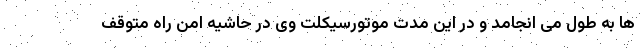
ها به طول می انجامد و در این مدت موتورسیکلت وی در حاشیه امن راه متوقف